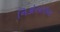
નિકોલાઉસ